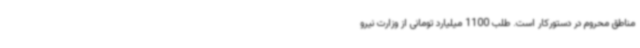
مناطق محروم در دستورکار است. طلب 1100 میلیارد تومانی از وزارت نیرو